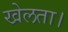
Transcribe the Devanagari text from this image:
खेलता।